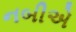
નબીએ